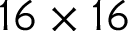
1 6 \times 1 6